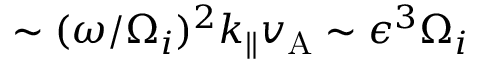
\sim ( \omega / \Omega _ { i } ) ^ { 2 } k _ { \parallel } v _ { \mathrm { A } } \sim \epsilon ^ { 3 } \Omega _ { i }